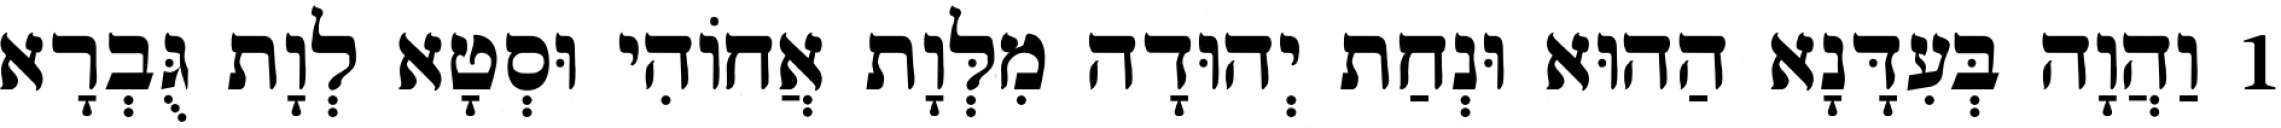
1 וַהֲוָה בְּעִדָּנָא הַהוּא וּנְחַת יְהוּדָה מִלְּוָת אֲחוֹהִי וּסְטָא לְוָת גֻּבְרָא